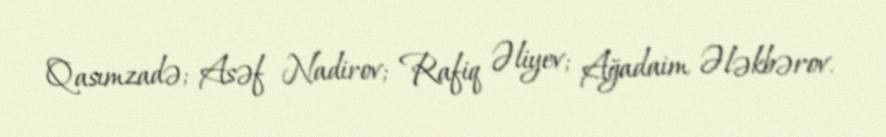
Qasımzadə; Asəf Nadirov; Rafiq Əliyev; Ağadaim Ələkbərov.